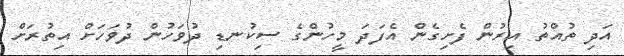
އަދި ތުއްތު އިރުން ފެށިގެން އެފަދަ މީހުންގެ ސިކުނޑި ދުވަހުން ދުވަހަށް އިތުރަށް